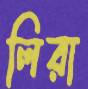
লিরা